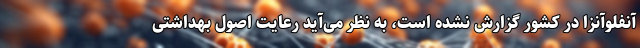
آنفلوآنزا در کشور گزارش نشده است، به نظر می‌‌‌آید رعایت اصول بهداشتی